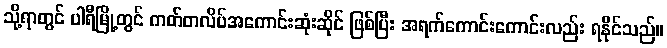
သို့ရာတွင် ပါရီမြို့တွင် ကတ်တလိပ်အကောင်းဆုံးဆိုင် ဖြစ်ပြီး အရက်ကောင်းကောင်းလည်း ရနိုင်သည်။